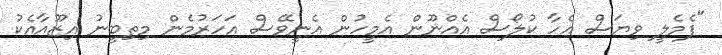
"ފެމެލީ ވިޔަސް އެހާ ކުލޯސް އެއްނޫން އެމީހުން އެނީވޭސް އަހަރުމެން މިތިބީނު އިޒޫއާއެކު